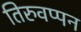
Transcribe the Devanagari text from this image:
तिरुवप्पन